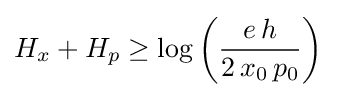
H_{x}+H_{p}\geq \log \left({\frac {e\,h}{2\,x_{0}\,p_{0}}}\right)